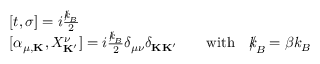
\begin{array} { r l } & { [ t , \sigma ] = i \frac { { \slash \! \! \! k } _ { \! { B } } } { 2 } } \\ & { [ \alpha _ { \mu , { \bf K } } , X _ { \bf K ^ { \prime } } ^ { \nu } ] = i \frac { { \slash \! \! \! k } _ { \! { B } } } { 2 } \delta _ { \mu \nu } \delta _ { { \bf K } { \bf K ^ { \prime } } } \qquad \mathrm { w i t h } \quad { \slash \! \! \! k } _ { \! { B } } = \beta k _ { B } } \end{array}